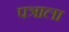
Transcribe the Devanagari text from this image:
पत्राला